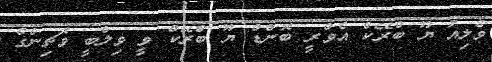
ވެލިއު ޔޫ ބްރޭކް އެވްރީ ބޮންޑް ޔޫ ބްރޭކް ވީ ވިލްބީ ވޮޗިންގް